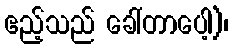
ဧည့်သည် ခေါ်တာပေါ့)၊